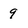
Character: 9